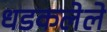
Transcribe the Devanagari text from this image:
धडकलेले